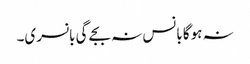
نہ ہوگا بانس نہ بجے گی بانسری۔